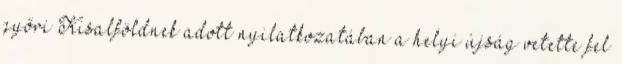
győri Kisalföldnek adott nyilatkozatában a helyi újság vetette fel